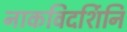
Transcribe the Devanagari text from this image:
नाकविदर्शिनि